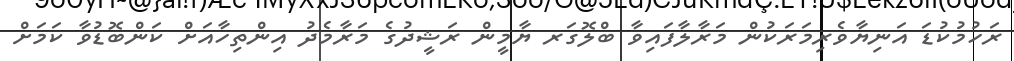
ރަހުމުކުޑަ އަނިޔާވެރިމަރަކުން މަރާލާފައިވާ ބްލޮގަރ ޔާމީން ރަޝީދުގެ މަރާމެދު އިންތިހާއަށް ކަންބޮޑުވާ ކަމަށް